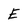
Character: E